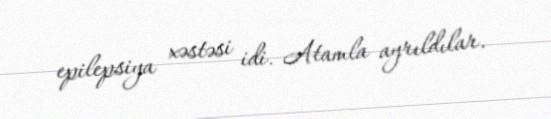
epilepsiya xəstəsi idi. Atamla ayrıldılar.